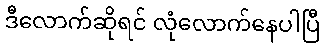
ဒီလောက်ဆိုရင် လုံလောက်နေပါပြီ